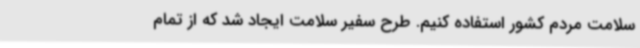
سلامت مردم کشور استفاده کنیم. طرح سفیر سلامت ایجاد شد که از تمام